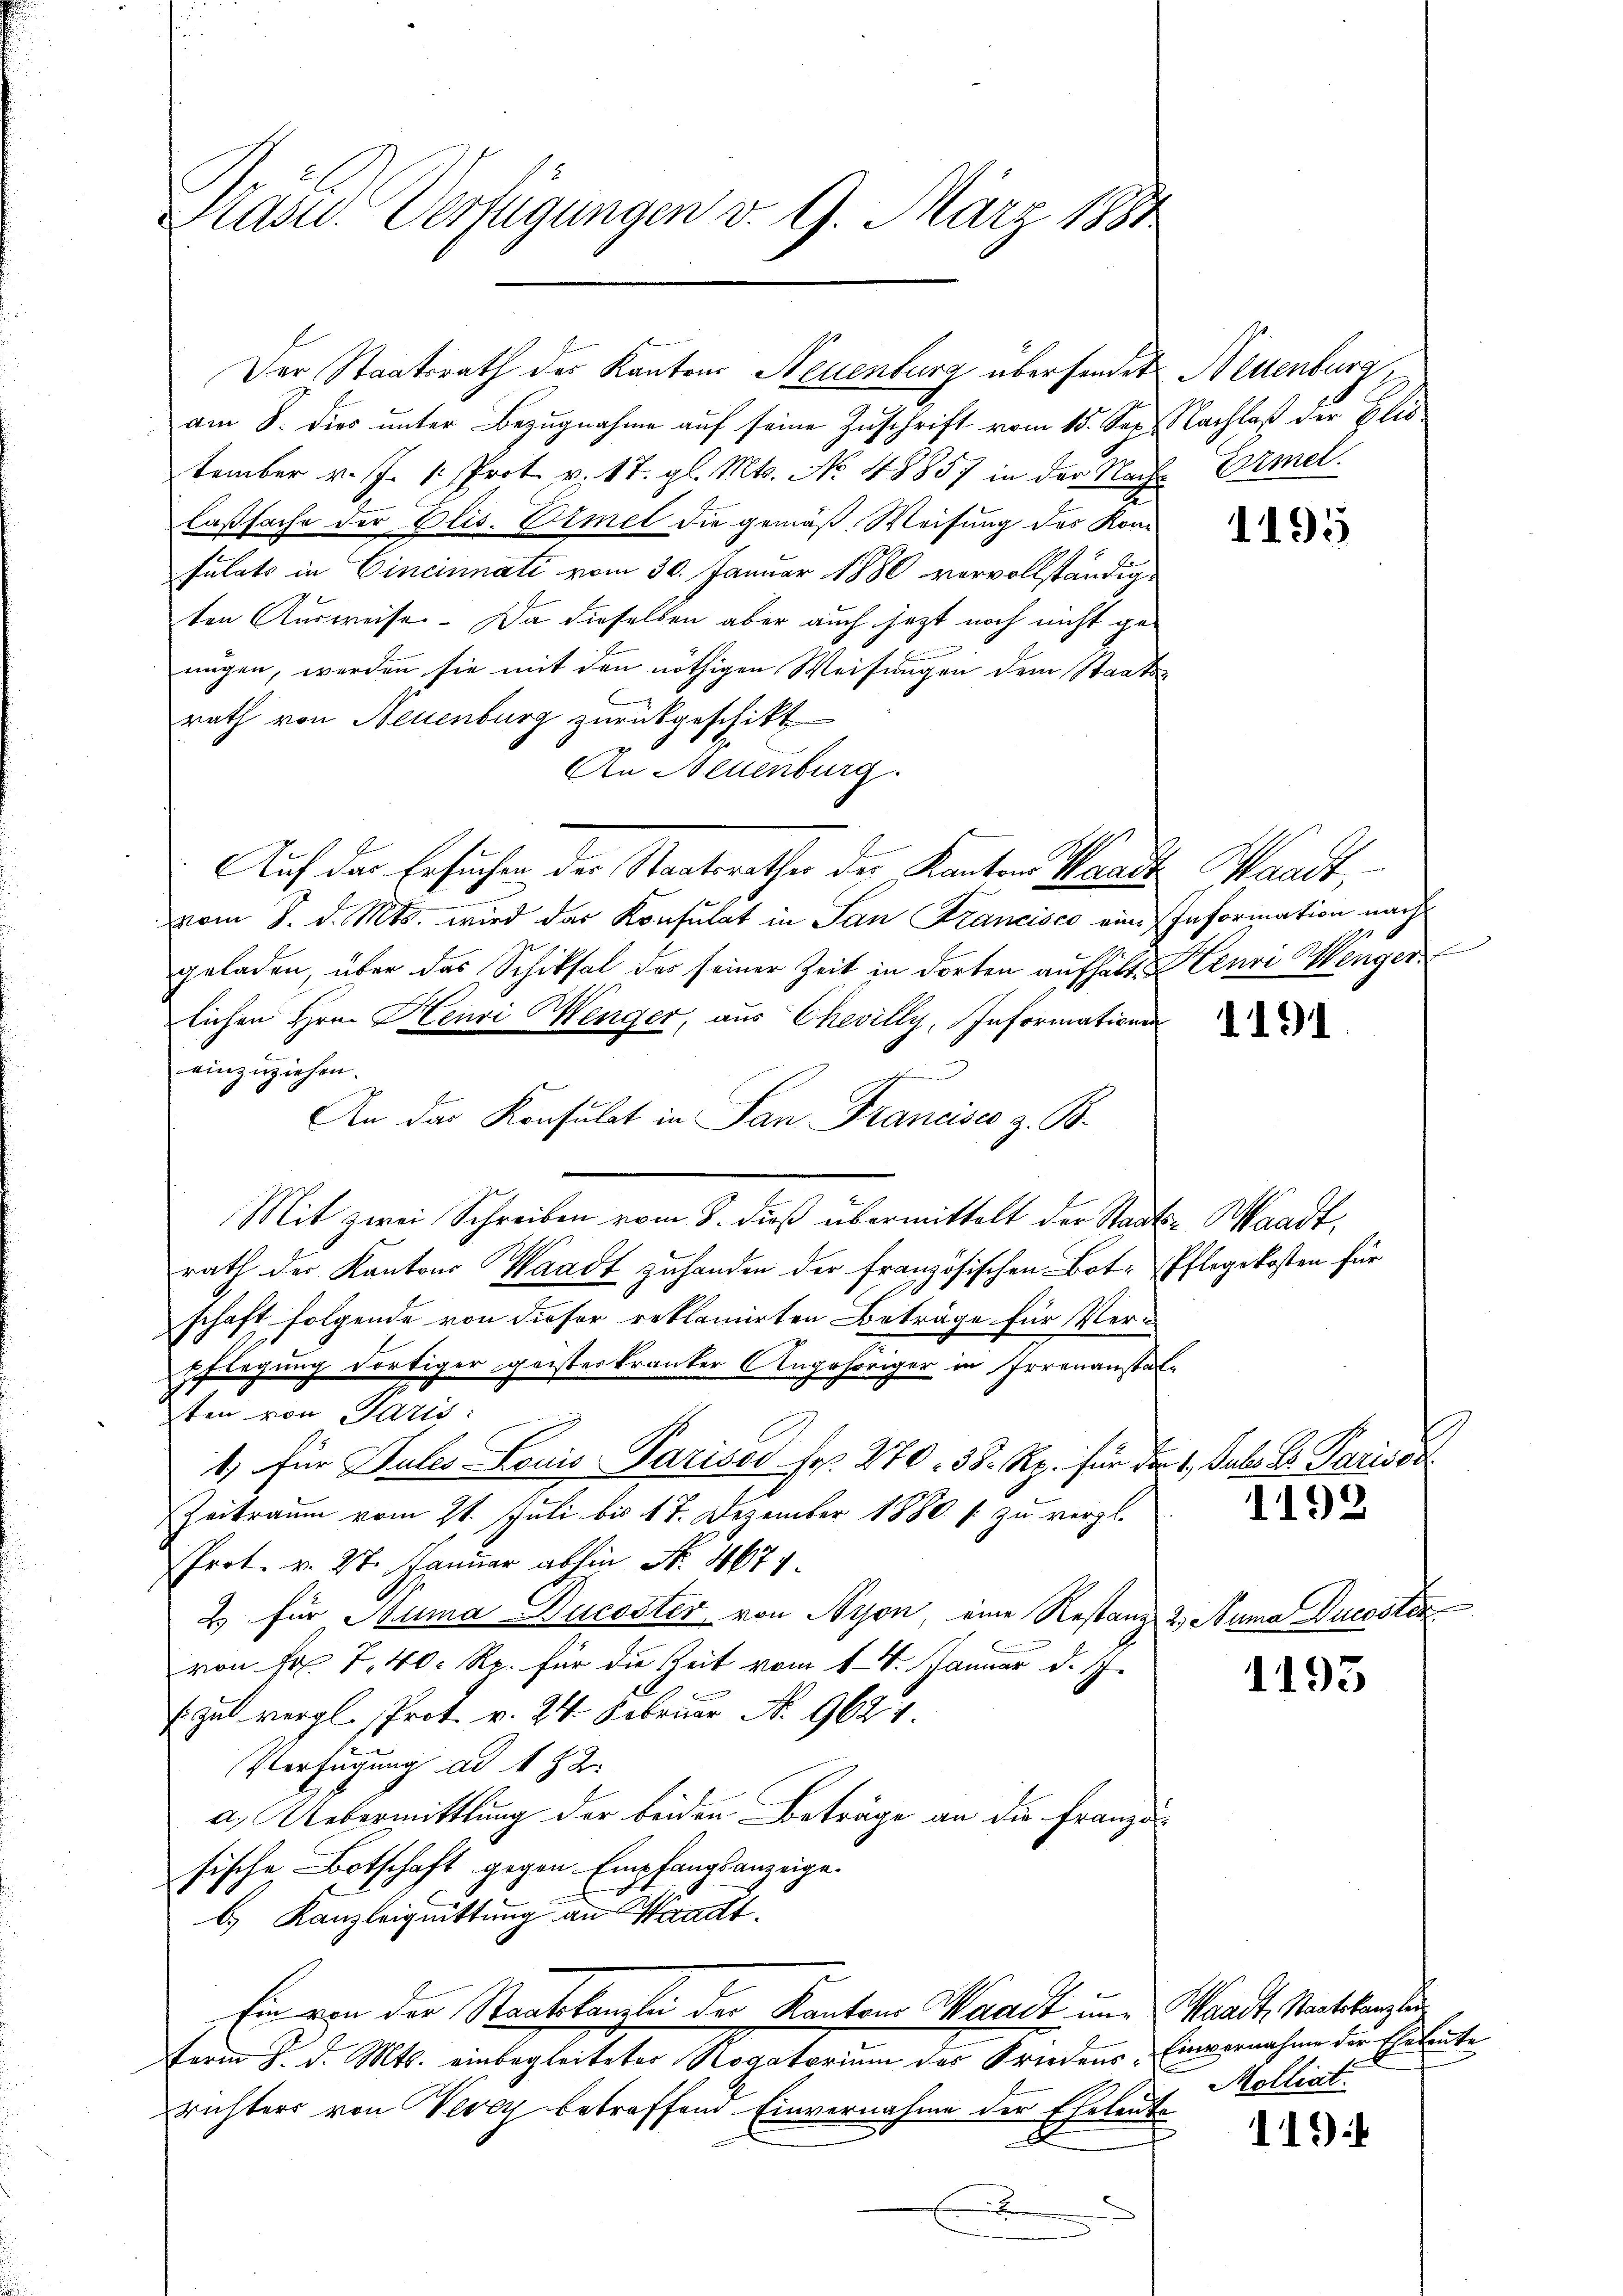
Stasu. Verfügungen v. 9. März 1884

am 8. Dies unter Bezugnahme auf seine Zuschrift vom 15. Sep. Nachlaß der Elis
tember v. J. 1. Prot. v. 17. gl. Mts. No 48857 in der Nach Ermel
laßsache der Elis. Eimel die gemäß Weisung des Konsulats in Cincinnati vom 30. Januar 1880 vervollständigten Ausweise. Da dieselben aber auch jetzt noch nicht gen
nügen, werden sie mit den nöthigen Weisungen dem Staatsrath von Neuenburg zurückgeschikt
An Neuenburg.
Auf das Ersuchen der Staatsrathes der Kanton Waadt
vom 8. d. Mts. wird das Konsulat in San Francisco eine Information nach
geladen, über das Schiksal des seiner Zeit in dorten aufhalte
lichen Hrn. Henri Wenger, aus Chevilly, Informationen
einzuziehen.
An das Konsulat in San Francise z. B.
Mit zwei Schreiben vom 8. dieß übermittelt der Staats-Waadt,
rath der Kantons Waadt zuhanden der französischen Bote Pflegekosten für
schaft folgende von dieser reklamirten Beträge für Verpflegung dortiger geisterkranter Angehöriger in Irrenanstat
ten von Paris:
1) für Pules Louis Pariser Fr. 270. 38. Rp. für der
Zeitraum vom 21. Juli bis 17. Dezember 1880 f zu vergl.
Prot. v. 27. Januar abhin Nr. 467
2. für Suma Ducoster von Nyon, eine Restanz
von Fr. 7, 40 Rp. für die Zeit vom 18. Januar d. J.
Zul vergl. Prot. v. 24. Februar No. 9624
Verfügung ad 172.
a.) Uebermittlung der beiden Beträge an die Französische Botschaft gegen Empfangsanzeige.
b.) Kanzleichnittung an Waadt,
Ein von der Staatskante der Kantons Waadt un
term 8. d. Mts. einbegleiteter Rogatorium des Friedens-
richters von Vevey betreffend Einvernahme der Eheleute
.

Der Staatsrath des Kantons Neuenburg übersendet Neuenburg

1195

Waadt,
 6
Henri Wenger

1191

1. Juli d. Parisse
1192

2 Suma Ducosten

1195

Waadt, Staatskanzlei
Einvernahme der Eheleute
Molliat.

119